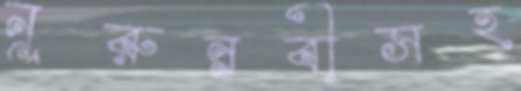
নূরুন্নবীসহ